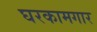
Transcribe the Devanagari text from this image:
घरकामगार